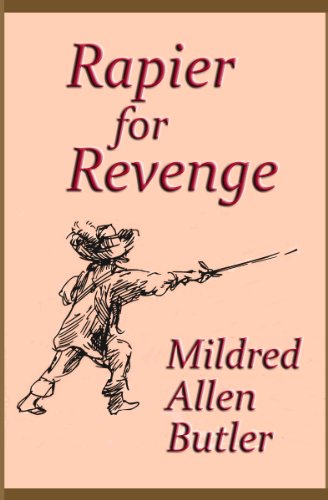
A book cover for Rapier for Revenge; Mildred Allen Butler; Teen & Young Adult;